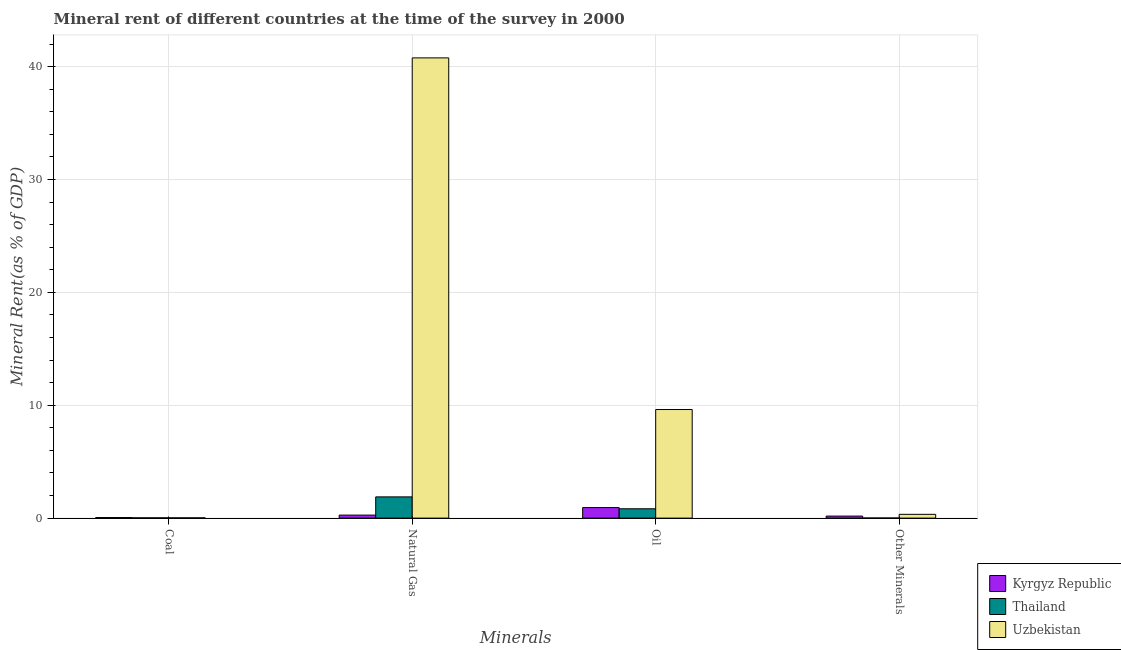
| Minerals | Kyrgyz Republic | Thailand | Uzbekistan |
 | --- | --- | --- | --- |
 | Coal | 0.0508 | 0.0252 | 0.0253 |
 | Natural Gas | 0.267 | 1.88 | 40.8 |
 | Oil | 0.935 | 0.828 | 9.62 |
 | Other Minerals | 0.18 | 0.00976 | 0.335 |